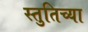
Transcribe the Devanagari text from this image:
स्तुतिच्या